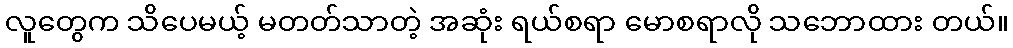
လူတွေက သိပေမယ့် မတတ်သာတဲ့ အဆုံး ရယ်စရာ မောစရာလို သဘောထား တယ်။